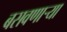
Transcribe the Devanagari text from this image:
बसवणार्‍या